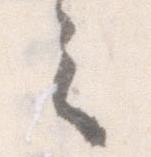
之